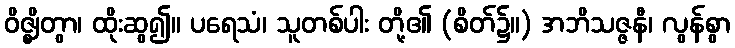
ဝိဇ္ဈိတွာ၊ ထိုးဆွ၍။ ပရေသံ၊ သူတစ်ပါး တို့၏ (စိတ်၌။) အဘိသဇ္ဇနီ၊ လွန်စွာ